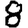
Digit: 8